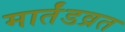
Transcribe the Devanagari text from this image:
मार्तंडव्रत